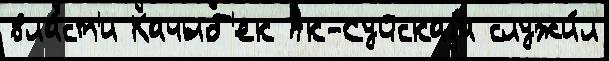
вла́ст'и Качыб'ек Ак-Суйскаjа служи́л